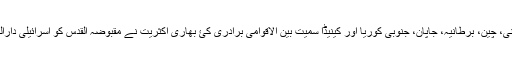
اقوامِ متحدہ کے علاوہ روس، فرانس، جرمنی، چین، برطانیہ، جاپان، جنوبی کوریا اور کینیڈا سمیت بین الاقوامی برادری کئ بھاری اکثریت نے مقبوضہ القدس کو اسرائیلی دارالحکومت تسلیم کرنے سے انکار کردیا ہے۔